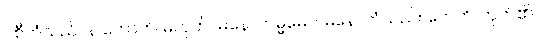
ဝစီကံသည်။ န ဟောတိ၊ မဟုတ်။ မနောကမ္မမေဝ၊ မနောကံသည်။ ဟေတိ၊ ဟုတ်၏။